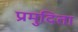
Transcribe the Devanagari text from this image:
प्रमुदिता